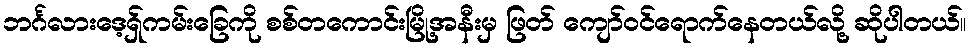
ဘင်္ဂလားဒေ့ရှ်ကမ်းခြေကို စစ်တကောင်းမြို့အနီးမှ ဖြတ် ကျော်ဝင်ရောက်နေတယ်လို့ ဆိုပါတယ်။